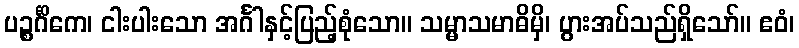
ပဉ္စင်္ဂိကေ၊ ငါးပါးသော အင်္ဂါနှင့်ပြည့်စုံသော။ သမ္မာသမာဓိမှိ၊ ပွားအပ်သည်ရှိသော်။ ဧဝံ၊